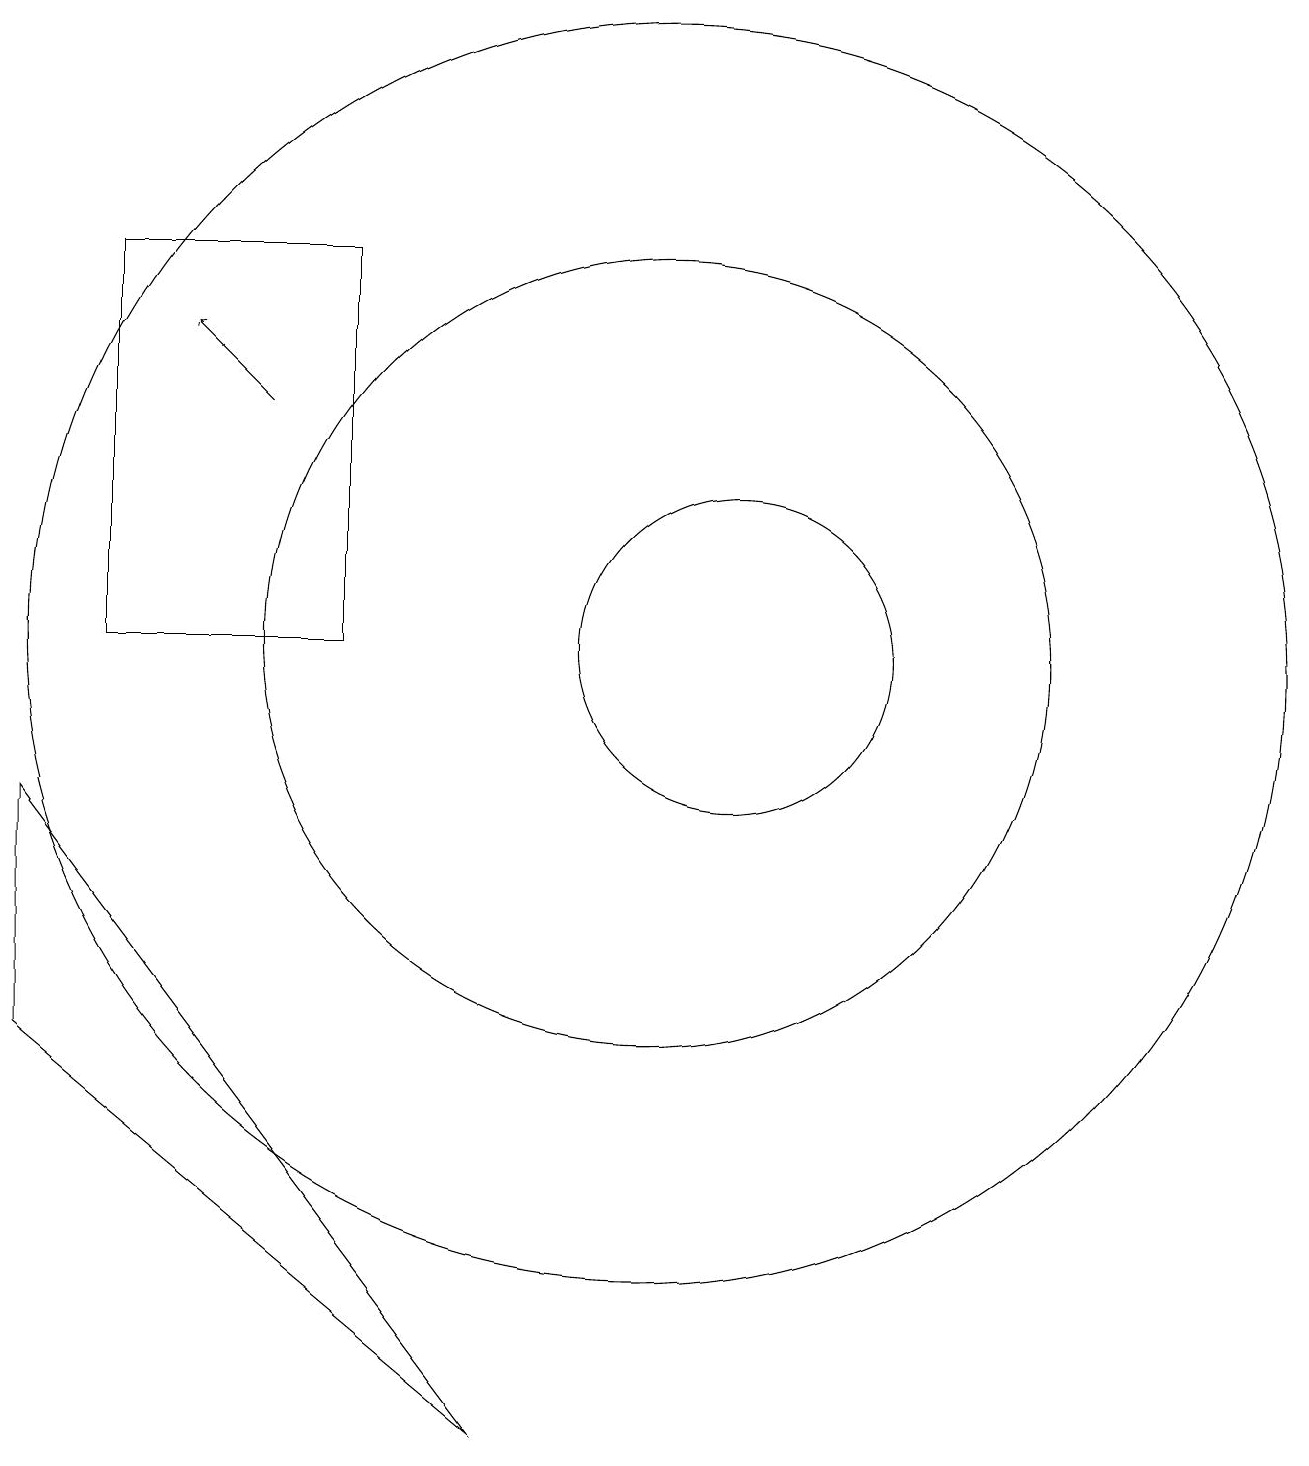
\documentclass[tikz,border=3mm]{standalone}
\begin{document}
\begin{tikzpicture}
\draw (12,10) circle (2);
\draw (4,15) rectangle (7,10);
\draw (11,10) circle (8);
\draw (11,10) circle (5);
\draw[->] (6,13) -- (5,14);
\draw (3,8) -- (3,5) -- (9,0) -- cycle;
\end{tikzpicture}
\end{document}